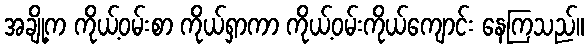
အချို့က ကိုယ့်ဝမ်းစာ ကိုယ်ရှာကာ ကိုယ့်ဝမ်းကိုယ်ကျောင်း နေကြသည်။